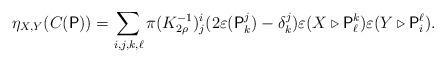
LaTeX: \begin{align*}\eta_{X, Y} (C(\mathsf{P})) = \sum_{i, j, k, \ell} \pi(K_{2 \rho}^{-1})^i_j (2 \varepsilon(\mathsf{P}^j_k) - \delta^j_k) \varepsilon(X \triangleright \mathsf{P}^k_\ell) \varepsilon(Y \triangleright \mathsf{P}^{\ell}_i).\end{align*}